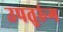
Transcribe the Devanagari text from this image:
उपतुरुंग